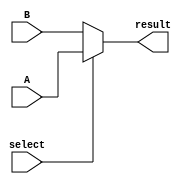
`timescale 1ns / 1ps
//////////////////////////////////////////////////////////////////////////////////
// Company: 
// Engineer: 
// 
// Design Name: 
// Module Name: Mulx
// Project Name: 
// Target Devices: 
// Tool Versions: 
// Description: 
// 
// Dependencies: 
// 
// Revision:
// Revision 0.01 - File Created
// Additional Comments:
// 
//////////////////////////////////////////////////////////////////////////////////


module Mulx #(parameter width=32)(A,B,select,result);
input [width-1:0]A,B;
input select;
output[width-1:0]result;
assign result= select ?A:B;
endmodule